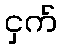
ငှက်